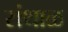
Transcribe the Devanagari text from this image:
संथाळ